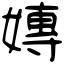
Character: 嫥